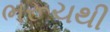
ભરૂચથી